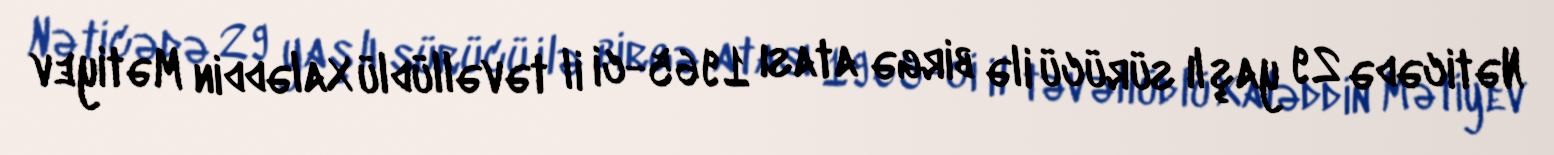
Nəticədə 29 yaşlı sürücü ilə birgə atası 1965-ci il təvəllüdlü Xaləddin Mətiyev